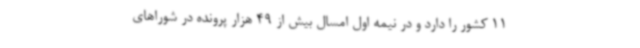
11 کشور را دارد و در نیمه اول امسال بیش از 49 هزار پرونده در شوراهای